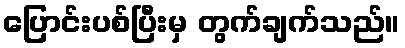
ပြောင်းပစ်ပြီးမှ တွက်ချက်သည်။